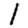
Digit: 1